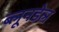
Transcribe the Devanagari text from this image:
ब्लूनडेल